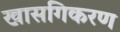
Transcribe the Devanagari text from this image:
खासगिकरण